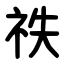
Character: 祑